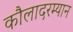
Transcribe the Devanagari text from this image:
कौलादरम्यान